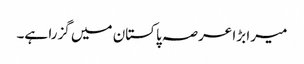
میرا بڑا عرصہ پاکستان میں گزرا ہے۔